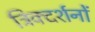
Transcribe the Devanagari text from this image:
त्रिक्दर्शनों